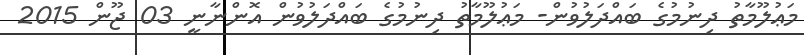
މަޢުލޫމާތު ދިނުމުގެ ބައްދަލުވުން- މަޢުލޫމާތު ދިނުމުގެ ބައްދަލުވުން އޮންނާނީ 03 ޖޫން 2015